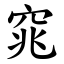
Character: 窕